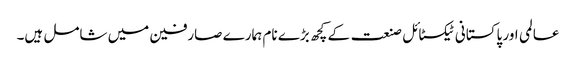
عالمی اور پاکستانی ٹیکسٹائل صنعت کے کچھ بڑے نام ہمارے صارفین میں شامل ہیں۔